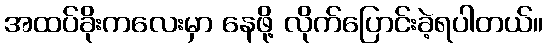
အထပ်ခိုးကလေးမှာ နေဖို့ လိုက်ပြောင်းခဲ့ရပါတယ်။